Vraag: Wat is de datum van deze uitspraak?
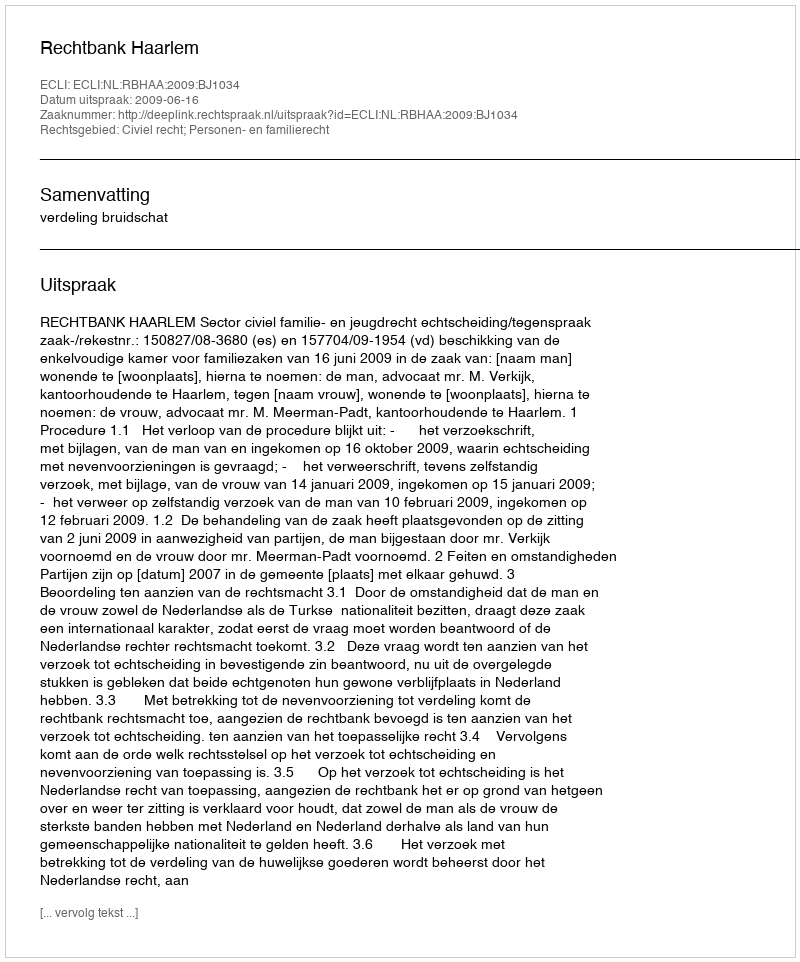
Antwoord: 2009-06-16